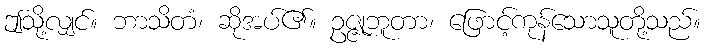
ဤသို့လျှင်။ ဘာသိတံ၊ ဆိုအပ်၏။ ဥဇ္ဇုဘူတာ၊ ဖြောင့်ကုန်သောသူတို့သည်။